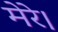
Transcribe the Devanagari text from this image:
मेरे।